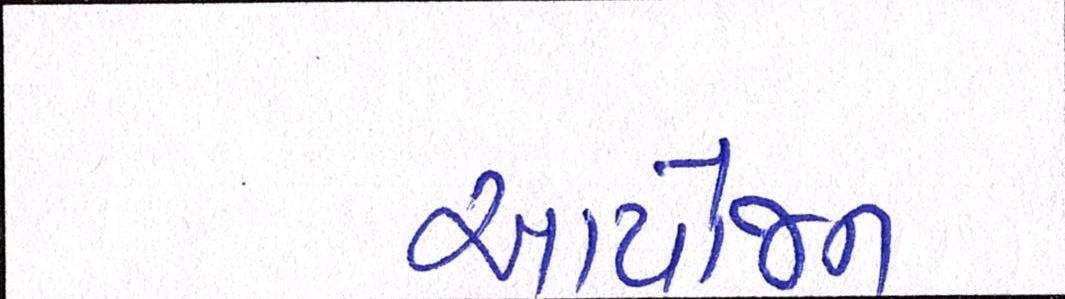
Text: આયોજન